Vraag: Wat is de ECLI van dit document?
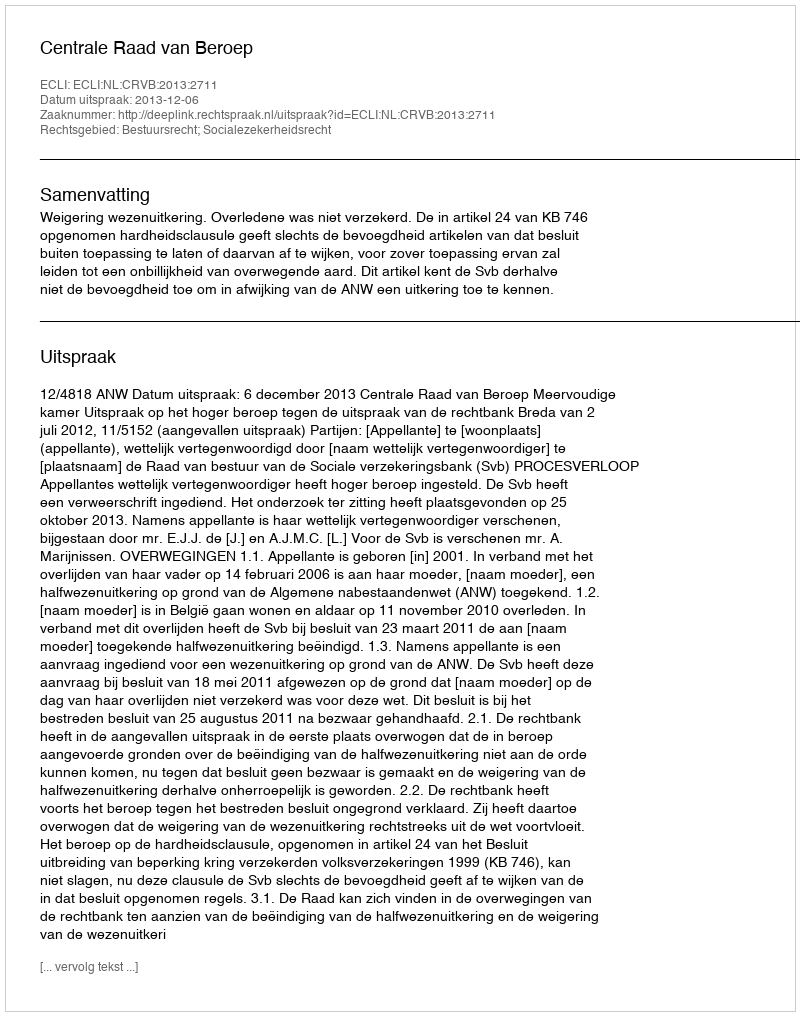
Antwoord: ECLI:NL:CRVB:2013:2711